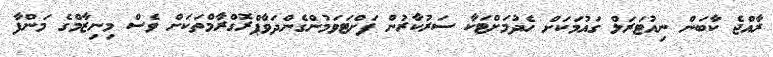
ރާއްޖެ ކާބަން ނިއުޓަރަލް ގައުމަކަށް ހެދުމަށްޓަކާ ސަރުކާރުން ފަށްޓަވަމުންގެންދަވާޕްރޮގްރާމްތަކަށް ވެސް މިނިޒާމްގެ މަންފާ